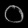
Digit: ၀